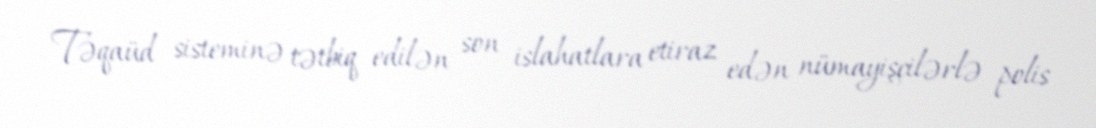
Təqaüd sisteminə tətbiq edilən son islahatlara etiraz edən nümayişçilərlə polis